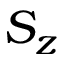
S _ { z }